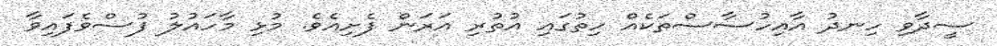
ސީދާވި ހިނދު އާއިހުސާސްތަކެއް ހިތުގައި އުތުރި އަރަން ފެށިއެވެ. މުޅި މާހައުލު ފުސްވެފައިވާ